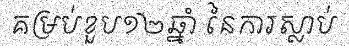
គម្រប់ខួប១២ឆ្នាំ នៃការស្លាប់